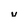
Character: v